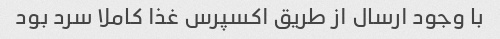
با وجود ارسال از طریق اکسپرس غذا کاملا سرد بود